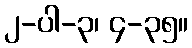
၂-ပါ-၃၊ ၄-၃၅။